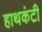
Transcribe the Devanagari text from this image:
हाथकंटी